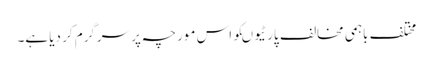
مختلف باہمی مخالف پارٹیوںکو اس مورچہ پر سرگرم کر دیا ہے۔